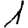
Digit: 1